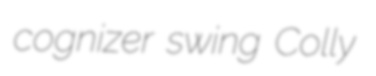
cognizer swing Colly